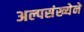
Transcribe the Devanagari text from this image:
अल्पसंख्येने